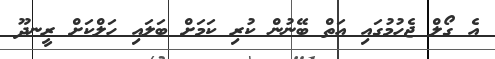
އެ ގޯލް ޖެހުމުގައި އަތް ބޭނުން ކުރި ކަމަށް ބަލައި ހަލްކަށް ރީނދޫ